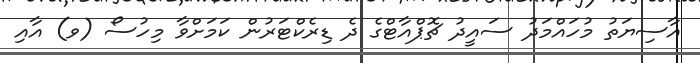
އާސިޔަތު މުހައްމަދު ސައީދު ޗޮޕްއާޓްގެ ދެ ޑިރެކްޓަރުން ކަމަށްވާ މިހުސޯ (ވ) އާއި